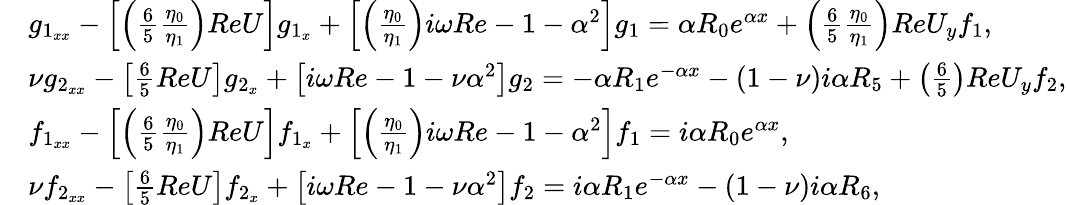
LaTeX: \begin{array}{rl}&{g_{1_{xx}}-\left[\left(\frac{6}{5}\frac{\eta_{0}}{\eta_{1}}\right)ReU\right]g_{1_{x}}+\left[\left(\frac{\eta_{0}}{\eta_{1}}\right)i\omega Re-1-\alpha^{2}\right]g_{1}=\alpha R_{0}e^{\alpha x}+\left(\frac{6}{5}\frac{\eta_{0}}{\eta_{1}}\right)ReU_{y}f_{1},}\\ &{\nu g_{2_{xx}}-\left[\frac{6}{5}ReU\right]g_{2_{x}}+\left[i\omega Re-1-\nu\alpha^{2}\right]g_{2}=-\alpha R_{1}e^{-\alpha x}-(1-\nu)i\alpha R_{5}+\left(\frac{6}{5}\right)ReU_{y}f_{2},}\\ &{f_{1_{xx}}-\left[\left(\frac{6}{5}\frac{\eta_{0}}{\eta_{1}}\right)ReU\right]f_{1_{x}}+\left[\left(\frac{\eta_{0}}{\eta_{1}}\right)i\omega Re-1-\alpha^{2}\right]f_{1}=i\alpha R_{0}e^{\alpha x},}\\ &{\nu f_{2_{xx}}-\left[\frac{6}{5}ReU\right]f_{2_{x}}+\left[i\omega Re-1-\nu\alpha^{2}\right]f_{2}=i\alpha R_{1}e^{-\alpha x}-(1-\nu)i\alpha R_{6},}\end{array}